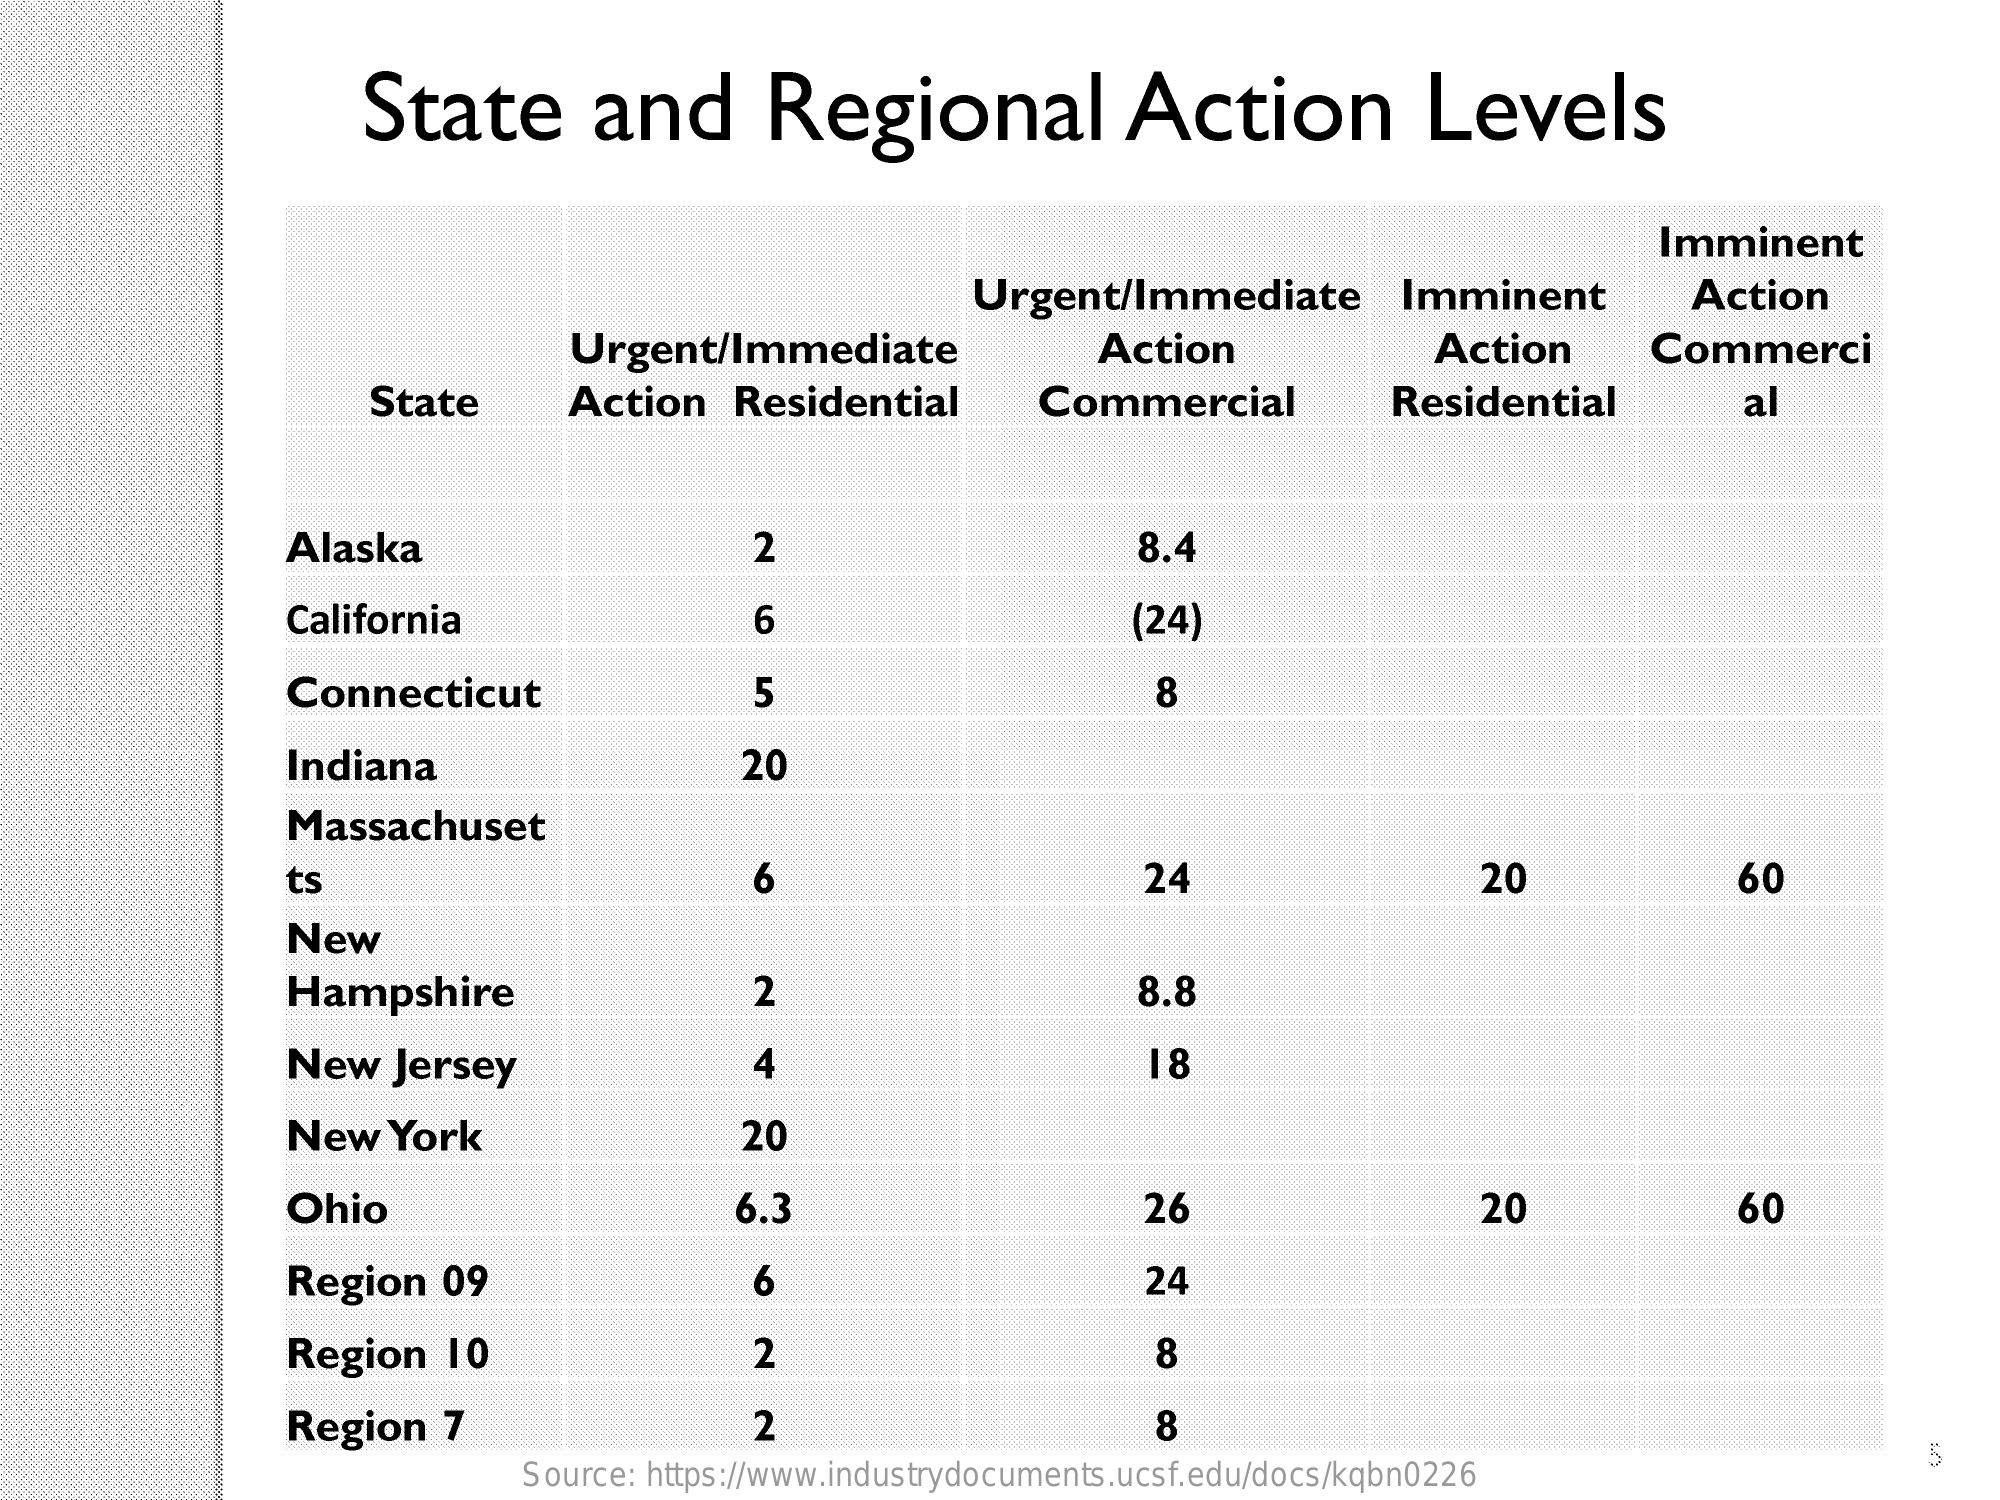
State    and    Regional    Action    Levels
     Imminent
     Urgent/Immediate    Imminent    Action
     Urgent/Immediate    Action    Action    Commerci
     State    Action    Residential    Commercial    Residential    al
     Alaska    2    8.4
     California    6    (24)
     Connecticut    5    8
     Indiana    20
     Massachuset
     ts    6    24    20    60
     New
     Hampshire    2    8.8
     New   Jersey    4    18
     New   York    20
     Ohio    6.3    26    20    60
     Region   09    6    24
     Region    10    2    8
     Region   7    2    8
     Source: https://www.industrydocuments.ucsf.edu/docs/kqbn0226